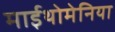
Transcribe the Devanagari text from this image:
माईथोमेनिया